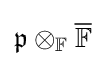
{\mathfrak {p}}\otimes _{\mathbb {F} }{\overline {\mathbb {F} }}